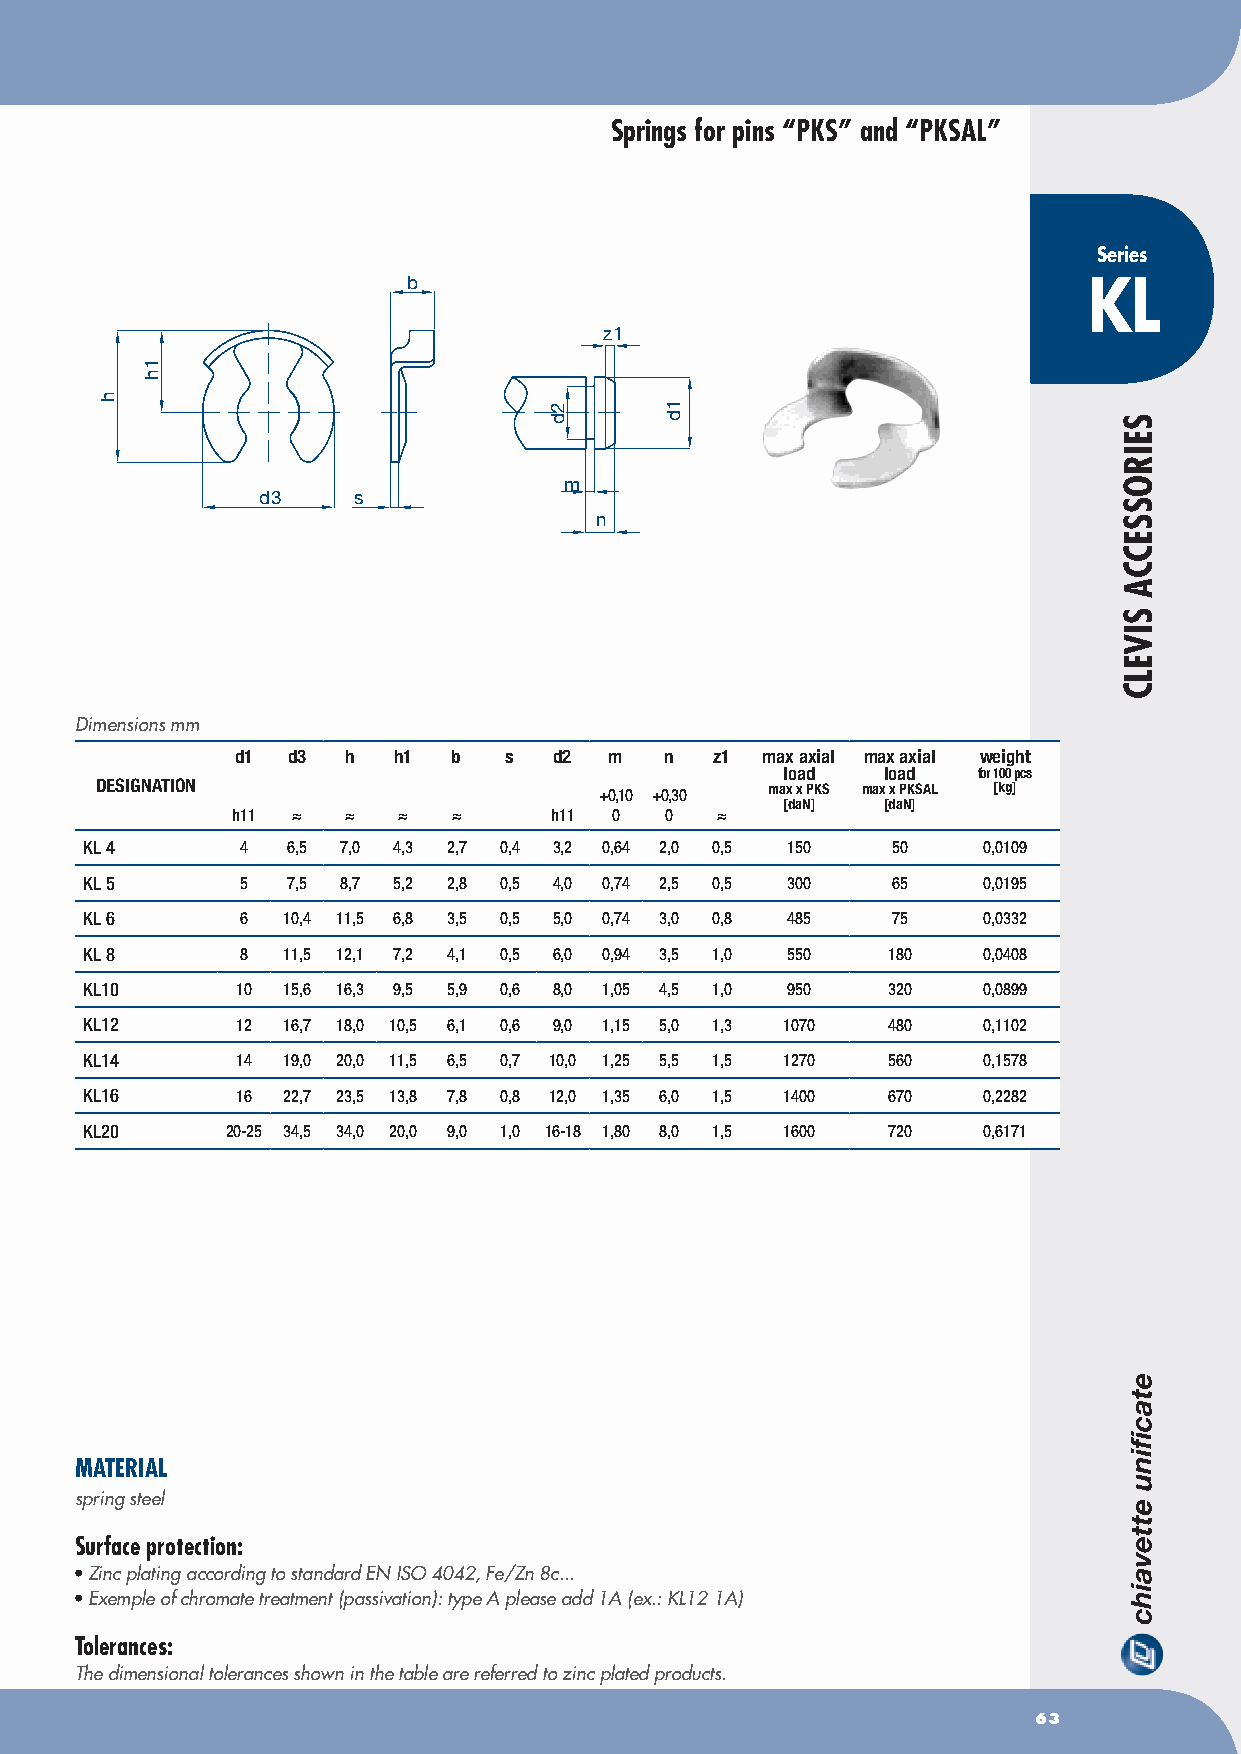
Springs for pins “PKS” and “PKSAL”
 Series
 b                                            KL
 z1
 m
 d3    s
 n
 Dimensions mm
 d1 d3  h  h1  b  s   d2 m   n  z1 max axial max axial weight
 load  load   for 100 pcs
 DESIGNATION                       +0,10 +0,30 max x PKS max x PKSAL [kg]
 [daN] [daN]
 h11 ≈   ≈  ≈   ≈     h11 0   0  ≈
 KL 4      4  6,5 7,0 4,3 2,7 0,4 3,2 0,64 2,0 0,5 150 50   0,0109
 KL 5      5  7,5 8,7 5,2 2,8 0,5 4,0 0,74 2,5 0,5 300 65   0,0195
 KL 6      6  10,4 11,5 6,8 3,5 0,5 5,0 0,74 3,0 0,8 485 75 0,0332
 KL 8      8  11,5 12,1 7,2 4,1 0,5 6,0 0,94 3,5 1,0 550 180 0,0408
 KL10      10 15,6 16,3 9,5 5,9 0,6 8,0 1,05 4,5 1,0 950 320 0,0899
 KL12      12 16,7 18,0 10,5 6,1 0,6 9,0 1,15 5,0 1,3 1070 480 0,1102
 KL14      14 19,0 20,0 11,5 6,5 0,7 10,0 1,25 5,5 1,5 1270 560 0,1578
 KL16      16 22,7 23,5 13,8 7,8 0,8 12,0 1,35 6,0 1,5 1400 670 0,2282
 KL20     20-25 34,5 34,0 20,0 9,0 1,0 16-18 1,80 8,0 1,5 1600 720 0,6171
 MATERIAL
 spring steel
 Surface protection:
 • Zinc plating according to standard EN ISO 4042, Fe/Zn 8c...
 • Exemple of chromate treatment (passivation): type A please add 1A (ex.: KL12 1A)
 Tolerances:
 The dimensional tolerances shown in the table are referred to zinc plated products.
 63
 h
 1h
 2d      1d
 SEIROSSECCA
 SIVELC